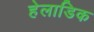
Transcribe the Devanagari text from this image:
हेलाडिक